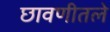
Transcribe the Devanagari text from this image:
छावणीतले